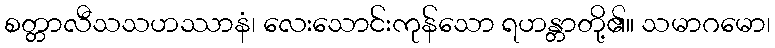
စတ္တာလီသသဟဿာနံ၊ လေးသောင်းကုန်သော ရဟန္တာတို့၏။ သမာဂမော၊